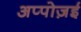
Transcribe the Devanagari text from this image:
अप्पोज़ई